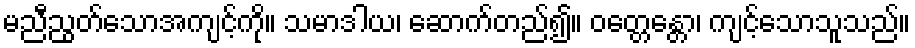
မညီညွတ်သောအကျင့်ကို။ သမာဒါယ၊ ဆောက်တည်၍။ ဝတ္တေန္တော၊ ကျင့်သောသူသည်။